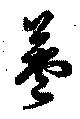
莢